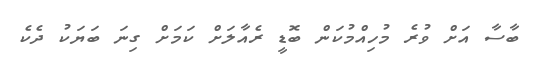
ބާސާ އަށް ވުރެ މުހިއްމުކަން ބޮޑީ ރެއާލަށް ކަމަށް ގިނަ ބަޔަކު ދެކެ